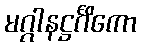
မဂ္ဂါနဋ္ဌင်္ဂိကော